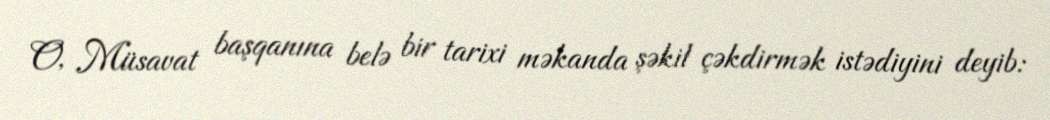
O, Müsavat başqanına belə bir tarixi məkanda şəkil çəkdirmək istədiyini deyib: